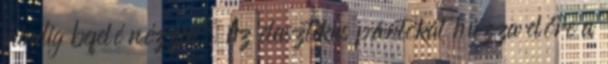
mindig befelé nézzen. Az elasztikus pántokat húzza előre a